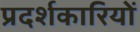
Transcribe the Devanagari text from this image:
प्रदर्शकारियों